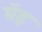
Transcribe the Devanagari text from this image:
मेंड्